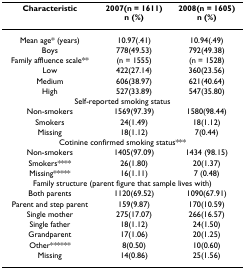
| Characteristic | 2007(n = 1611)n (%) | 2008(n = 1605)n (%) |
 | --- | --- | --- |
 | Mean age* (years) | 10.97(.41) | 10.94(.49) |
 | Boys | 778(49.53) | 792(49.38) |
 | Family affluence scale** | (n = 1555) | (n = 1528) |
 | Low | 422(27.14) | 360(23.56) |
 | Medium | 606(38.97) | 621(40.64) |
 | High | 527(33.89) | 547(35.80) |
 | <COLSPAN=3> Self-reported smoking status |
 | Non-smokers | 1569(97.39) | 1580(98.44) |
 | Smokers | 24(1.49) | 18(1.12) |
 | Missing | 18(1.12) | 7(0.44) |
 | <COLSPAN=3> Cotinine confirmed smoking status*** |
 | Non-smokers | 1405(97.09) | 1434 (98.15) |
 | Smokers**** | 26(1.80) | 20(1.37) |
 | Missing***** | 16(1.11) | 7 (0.48) |
 | <COLSPAN=3> Family structure (parent figure that sample lives with) |
 | Both parents | 1120(69.52) | 1090(67.91) |
 | Parent and step parent | 159(9.87) | 170(10.59) |
 | Single mother | 275(17.07) | 266(16.57) |
 | Single father | 18(1.12) | 24(1.50) |
 | Grandparent | 17(1.06) | 20(1.25) |
 | Other****** | 8(0.50) | 10(0.60) |
 | Missing | 14(0.86) | 25(1.56) |